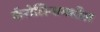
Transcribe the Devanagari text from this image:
कॅरोलिनामधील